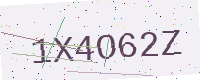
Text: 1X4O62Z